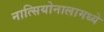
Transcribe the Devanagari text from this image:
नात्सियोनालामध्ये